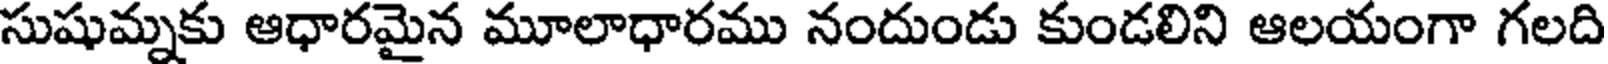
సుషుమ్నకు ఆధారమైన మూలాధారము నందుండు కుండలిని ఆలయంగా గలది